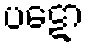
ပဋော